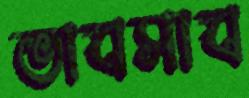
ভাবসাব